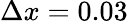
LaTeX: \Delta x=0.03